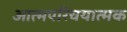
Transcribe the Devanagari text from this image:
आत्मपरिचयात्मक